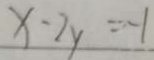
x - 2 y = - 1